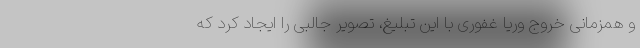
و همزمانی خروج وریا غفوری با این تبلیغ، تصویر جالبی را ایجاد کرد که